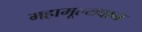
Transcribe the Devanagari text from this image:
महामूल्यवान